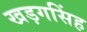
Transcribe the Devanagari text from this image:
खड़गसिंह